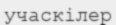
учаскілер